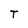
Character: T